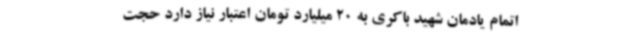
اتمام یادمان شهید باکری به 20 میلیارد تومان اعتبار نیاز دارد حجت